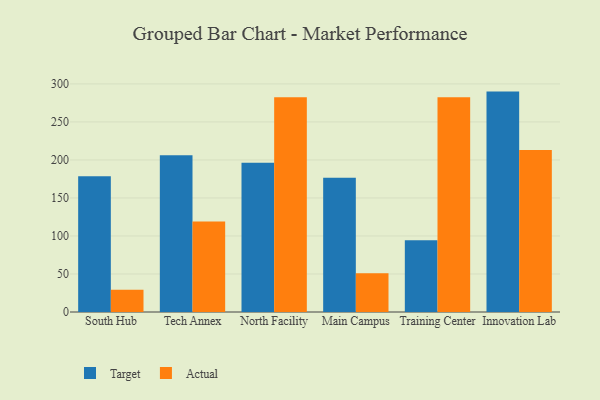
{"axis": {"x": "Campus", "y": "Energy Usage (MWh)"}, "legend": ["Actual", "Target"], "data": [{"x": "South Hub", "y": 178.7, "type": "Target"}, {"x": "South Hub", "y": 29.4, "type": "Actual"}, {"x": "Tech Annex", "y": 206.3, "type": "Target"}, {"x": "Tech Annex", "y": 119.0, "type": "Actual"}, {"x": "North Facility", "y": 196.2, "type": "Target"}, {"x": "North Facility", "y": 282.5, "type": "Actual"}, {"x": "Main Campus", "y": 176.7, "type": "Target"}, {"x": "Main Campus", "y": 50.9, "type": "Actual"}, {"x": "Training Center", "y": 94.4, "type": "Target"}, {"x": "Training Center", "y": 282.6, "type": "Actual"}, {"x": "Innovation Lab", "y": 289.9, "type": "Target"}, {"x": "Innovation Lab", "y": 213.1, "type": "Actual"}]}